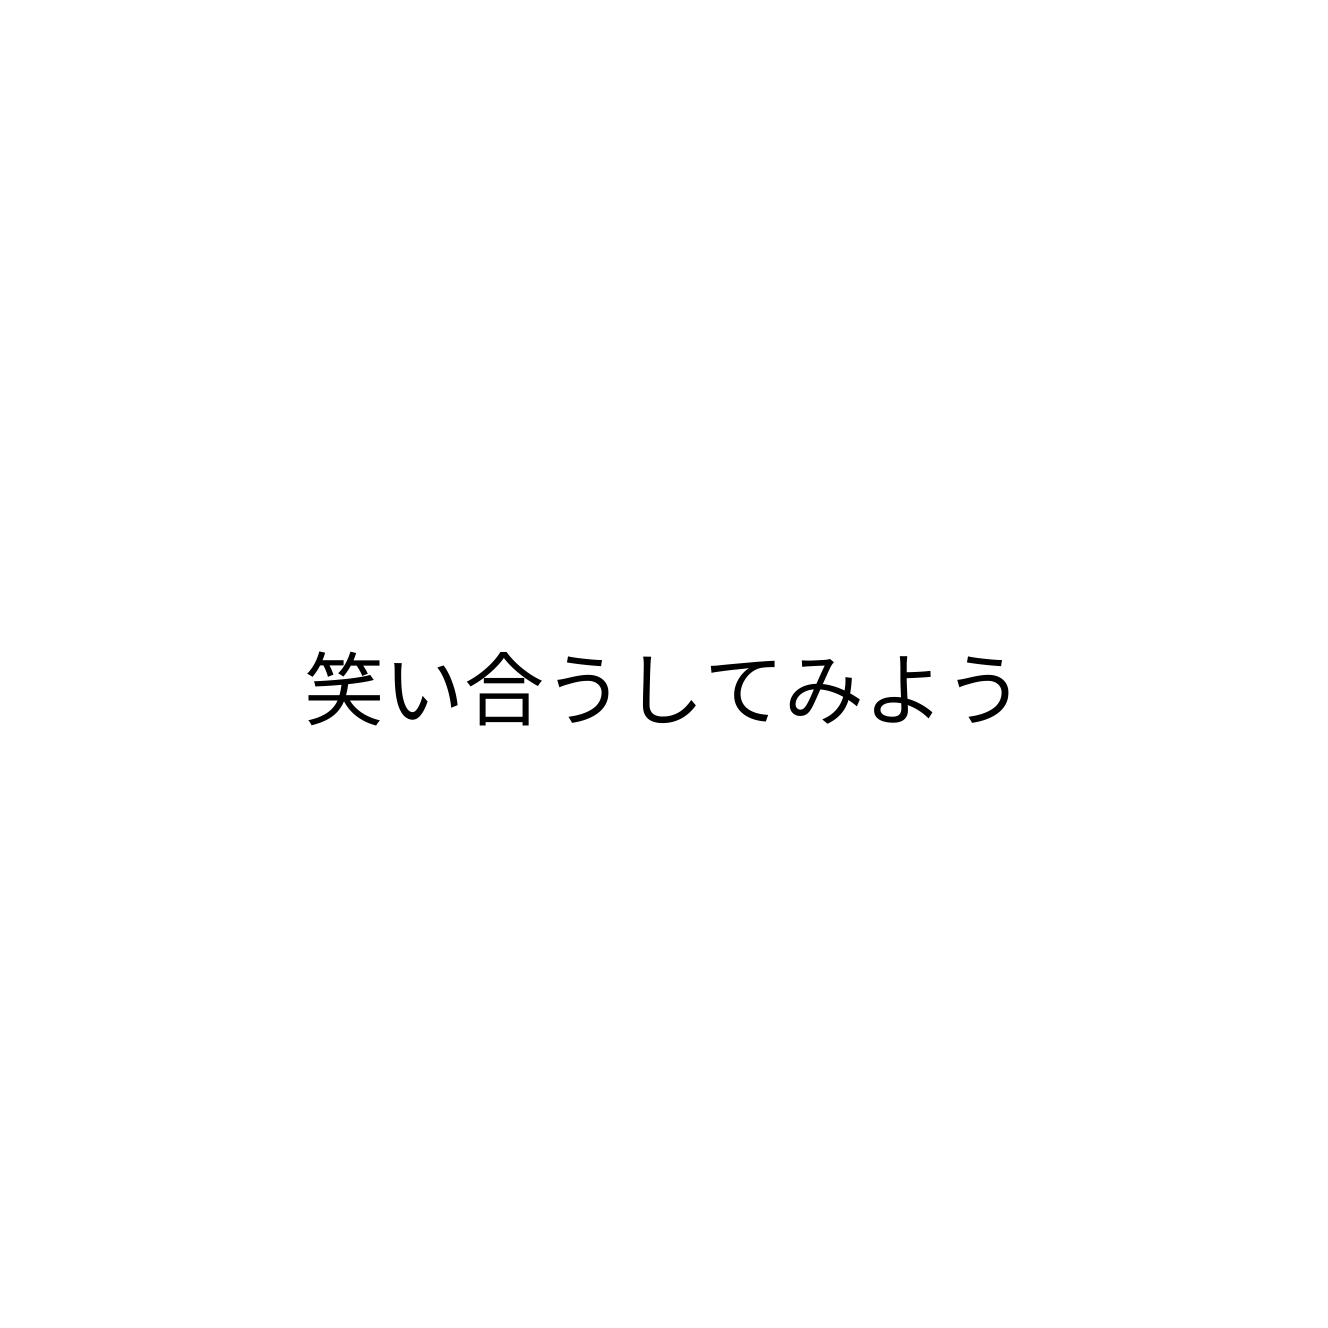
笑い合うしてみよう